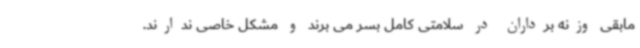
مابقی وزنه برداران در سلامتی کامل بسر می برند و مشکل خاصی ندارند.